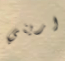
اريني